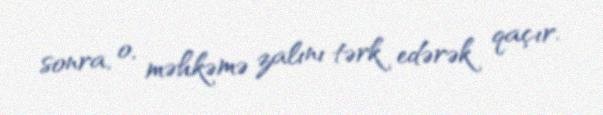
sonra, o, məhkəmə zalını tərk edərək qaçır.